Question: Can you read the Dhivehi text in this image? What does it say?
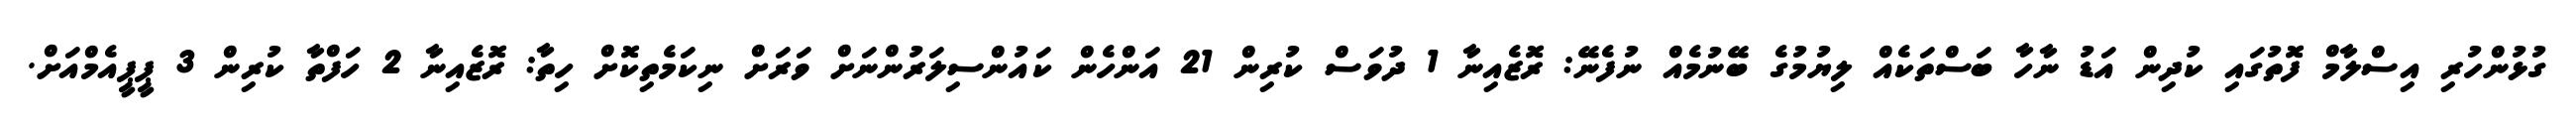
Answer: ގުޅުންހުރި އިސްލާމް ފޮތުގައި ކުދިން އަޑު ނާހާ ބަސްތަކެއް ލިޔުމުގެ ބޭނުމެއް ނުފެނޭ: ރޮޒެއިނާ 1 ދުވަސް ކުރިން 21 އަންހެން ކައުންސިލަރުންނަށް ވަރަށް ނިކަމެތިކޮށް ހިތާ: ރޮޒެއިނާ 2 ހަފްތާ ކުރިން 3 ޕީޕީއެމްއަށް.